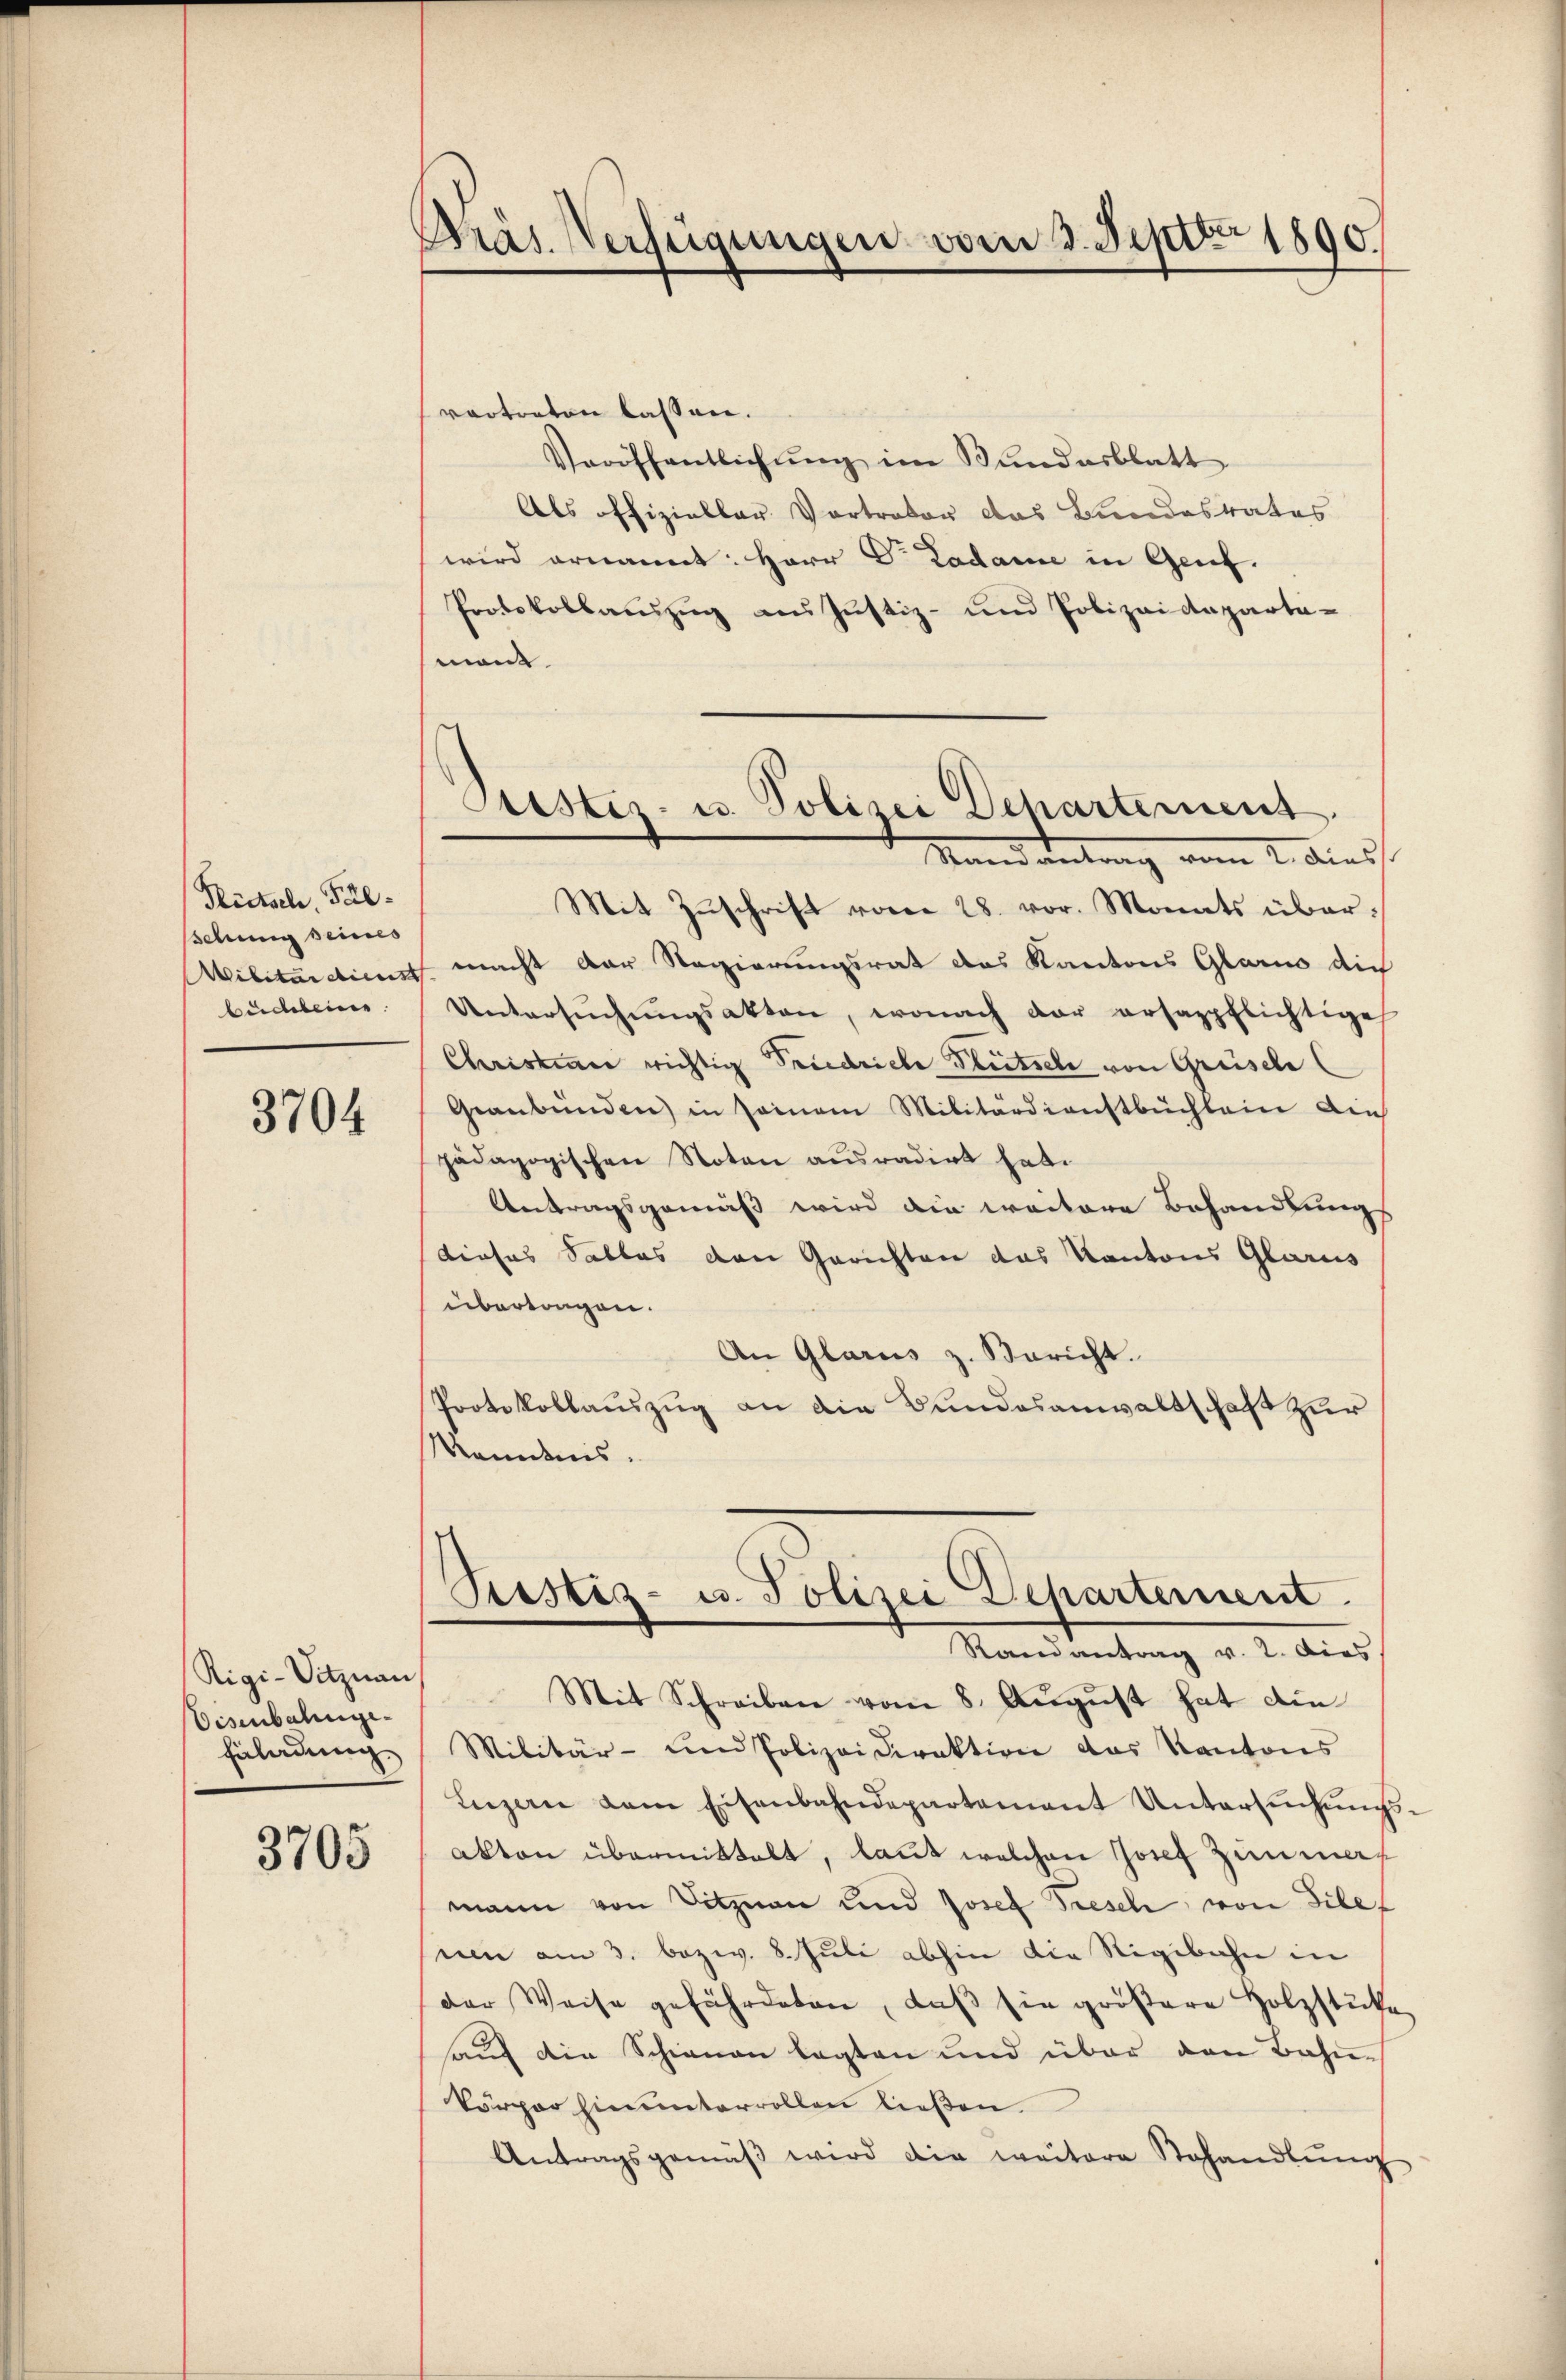
Rietsch, Fälsschung seines
budeleiner

3704

Rigi-Sitznau,
Eisenbahnge¬
Fnladung

3705

Präs. Verfügungen vom 3. Septbr 1890.

vortreten lassen.
Veröffentlichŭng im Bundesblatt
Als offizieller Vortrator das Bundesrates
wird ernannt: Herr Dr. Ladame in Genf.
Protokollauszug aus Justiz- und Polizeideparti-
man
in Andriess
Mit Zuschrift vom 28. vor. Monats über¬
Militartiess macht der Regierungsrat das Kantons Glarus die
Untersŭchŭngsakten, wonach der ersappflichtige
Christiner richtig Friedriche Plutsch von Grüsele
Geanbünden) in seinem Militärdienstbüchlein ain
pädagogischen Noten ausradirt hat.
Antragsgemäß wird die weitere Behandlungs
dieses Salles den Gerichten das Kantons Glarus
überlangen.
An Glarus z. Bericht.
Protokollauszug an die Bundesanwaltschaft zur
Kenntnis.

Justiz- u. Polizei Dehartement.
Mandantrag

Pestiz- u. Polizei Dehartement.
Randantrag v. 2. dies
Mit Schreiben vom 8. August hat die

Militär- und Polizeidirektion das Kantons
Leizen dem Eisenbahndepartement Untersŭchŭngs-
akten übermittelt, laut welchen Josef Zunmamann von Sitzuan und Josef Fresch von Filet
uen am 3. bezw. 8. Juli abhin die Rigibahn in
der Weise gefährdeten, daβ sie größere Holzstücke
auf die Schienen legten und über den Bahnkörper hinunterrollen ließen
Antragsgemäβ wird die weitere Stehandlŭng